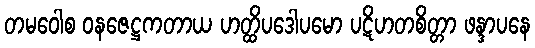
တမဝေါစ ဝနဇေဋ္ဌကတာယ ဟတ္ထိပဒေါပမော ပဋိဟတစိတ္တာ ဖန္ဒာပနေ